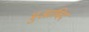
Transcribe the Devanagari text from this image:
मुआबिद